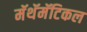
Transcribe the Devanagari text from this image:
मॅथॅमॅटिकल